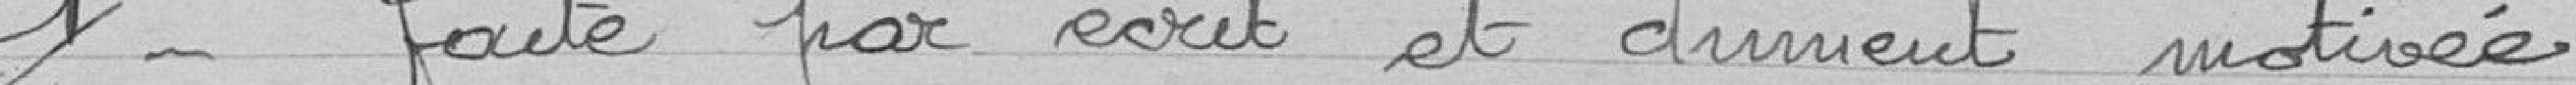
1° - faite par écrit et dument motivée